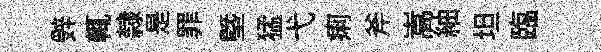
辤輒隸是罪塈猛弋痢斧嵩紬坦臨